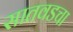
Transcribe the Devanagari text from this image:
सातवडचा